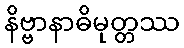
နိဗ္ဗာနာဓိမုတ္တဿ